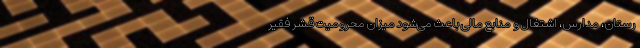
رستان، مدارس،‌ اشتغال و منابع مالی باعث می‌شود میزان محرومیت قشر فقیر